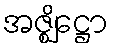
အဇ္ဈိဋ္ဌော